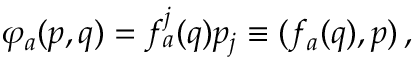
\varphi _ { a } ( p , q ) = f _ { a } ^ { j } ( q ) p _ { j } \equiv ( f _ { a } ( q ) , p ) \, ,